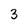
Character: 3